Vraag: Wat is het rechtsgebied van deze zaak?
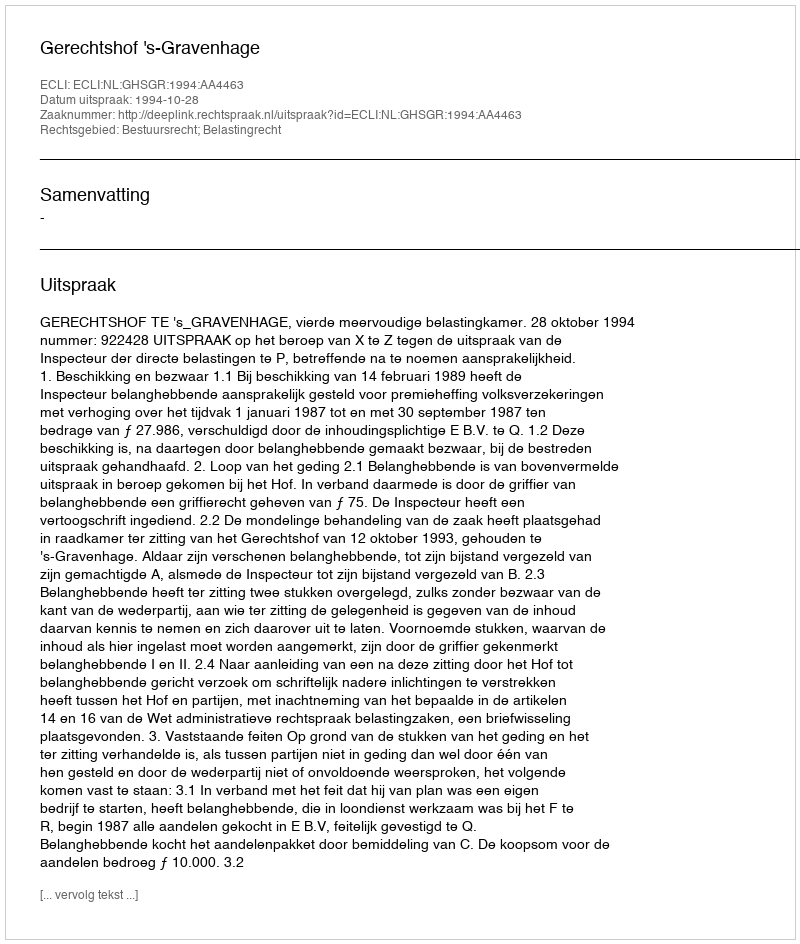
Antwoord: Bestuursrecht; Belastingrecht